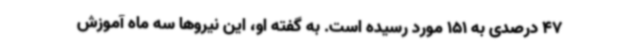
47 درصدی به 151 مورد رسیده است. به گفته او، این نیروها سه ماه آموزش